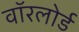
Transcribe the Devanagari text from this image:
वॉरलोर्ड